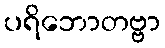
ပရိဘောတဗ္ဗာ